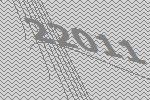
22011